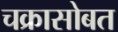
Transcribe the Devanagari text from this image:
चक्रासोबत